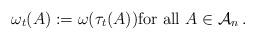
LaTeX: \begin{align*} \omega_t(A) : = \omega( \tau_t(A)) \mbox{for all } A \in \mathcal{A}_n \, .\end{align*}